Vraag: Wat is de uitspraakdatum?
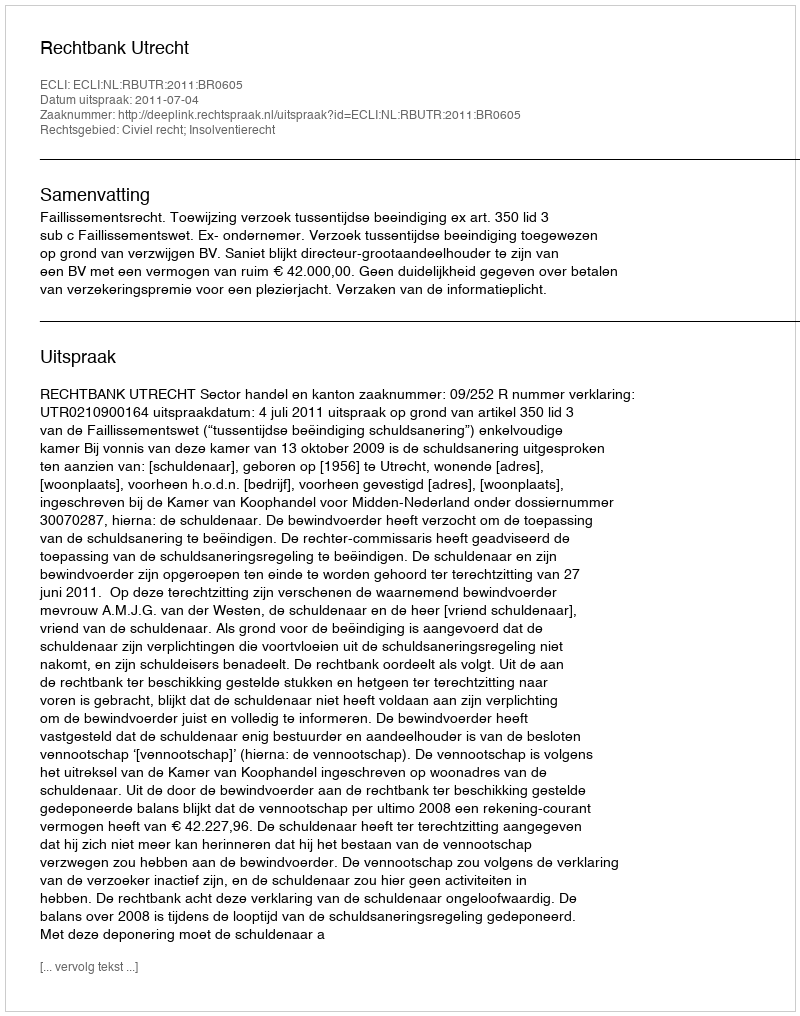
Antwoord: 2011-07-04